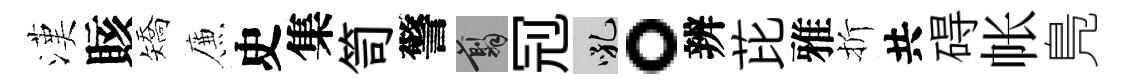
漢賅矯簾史集笥警翦𠜍吼。辨芘雅折共碍帐鳬